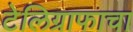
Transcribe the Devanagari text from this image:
टेलिग्राफाचा